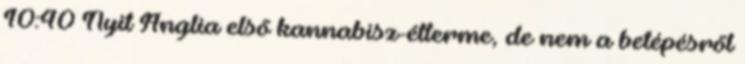
10:40 Nyit Anglia első kannabisz-étterme, de nem a betépésről